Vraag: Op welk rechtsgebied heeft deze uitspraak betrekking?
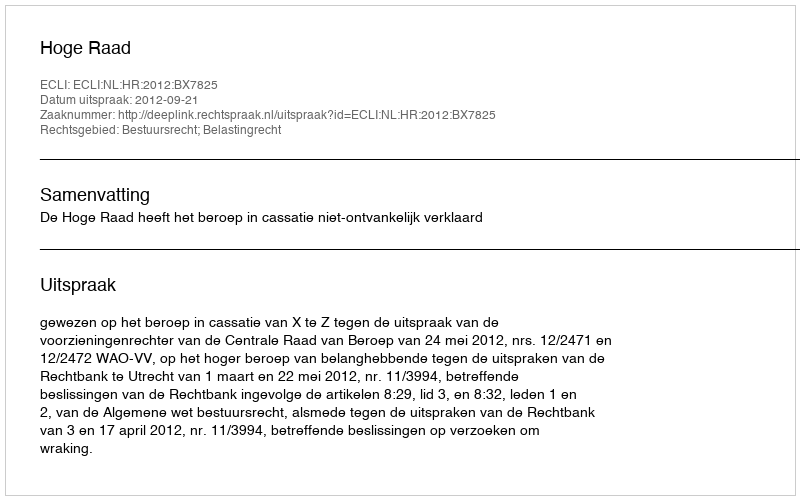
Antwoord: Bestuursrecht; Belastingrecht